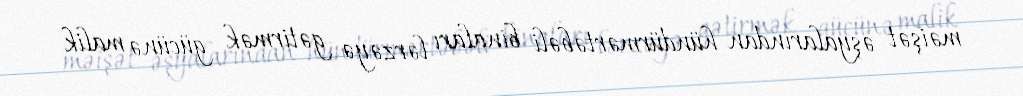
məişət əşyalarından hündürmərtəbəli binaları lərzəyə gətirmək gücünə malik